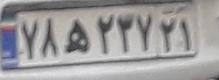
۷۸ه۲۳۷۲۱